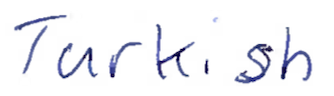
Text: Turkish
Cross-out: clean
Writing tool: ballpoint